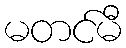
မတင်မီ